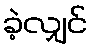
ခဲ့လျှင်